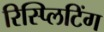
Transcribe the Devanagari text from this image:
रिस्प्लिटिंग